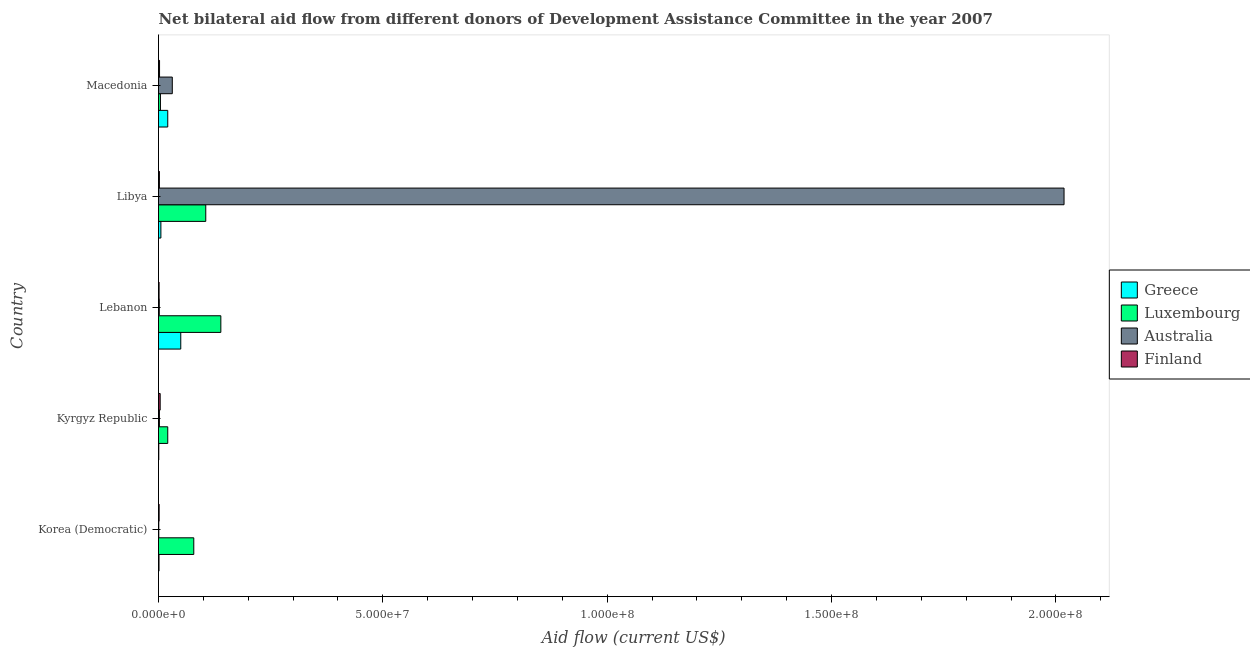
| Country | Greece | Luxembourg | Australia | Finland |
 | --- | --- | --- | --- | --- |
 | Korea (Democratic) | 1.1e+05 | 7.86e+06 | 6e+04 | 1.4e+05 |
 | Kyrgyz Republic | 6e+04 | 2.06e+06 | 2e+05 | 3.7e+05 |
 | Lebanon | 4.96e+06 | 1.39e+07 | 1.7e+05 | 1.3e+05 |
 | Libya | 5.3e+05 | 1.05e+07 | 2.02e+08 | 2e+05 |
 | Macedonia | 2.06e+06 | 4.3e+05 | 3.07e+06 | 2.3e+05 |